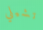
تشيلي